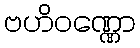
ဗဟိဝဏ္ဏော